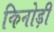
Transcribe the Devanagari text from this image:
किनोड़ी